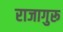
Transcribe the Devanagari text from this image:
राजागुरू